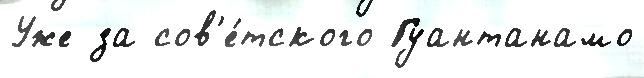
Уже за сов'е́тского Гуантанамо